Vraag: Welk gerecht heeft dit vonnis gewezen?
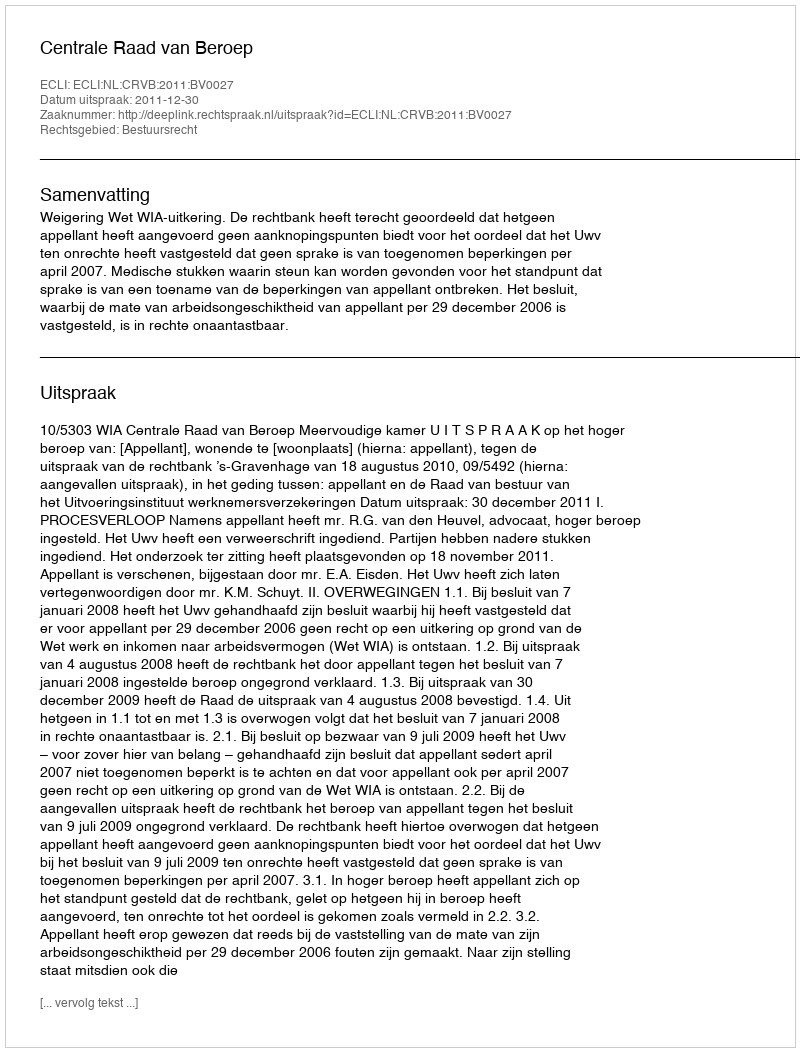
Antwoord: Centrale Raad van Beroep